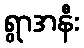
ရွာအနီး